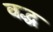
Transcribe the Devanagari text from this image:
वद्ध